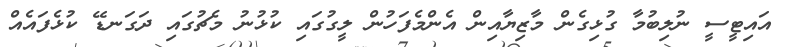
އައިޓީސީ ނުލިބުމާ ގުޅިގެން މާޒިޔާއިން އެންމެފަހުން ލީގުގައި ކުޅުނު މެޗުގައި ދަގަނޑޭ ކުޅެފައެއް